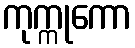
ကုက္ကုကော